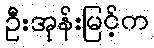
ဦးအုန်းမြင့်က